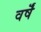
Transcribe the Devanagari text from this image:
वर्षॆं